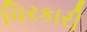
ચિરકારી